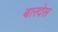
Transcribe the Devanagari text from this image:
बारदेस